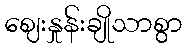
ဈေးနှုန်းချိုသာစွာ